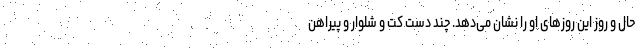
حال و روز این روزهای او را نشان می‌دهد. چند دست کت و شلوار و پیراهن